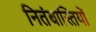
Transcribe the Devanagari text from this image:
नितंबास्तियों